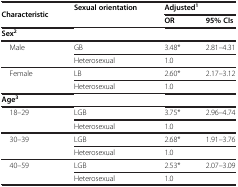
<table><thead><tr><td rowspan="2"><b>Characteristic</b></td><td rowspan="2"><b>Sexual orientation</b></td><td colspan="2"><b>Adjusted<sup>1</sup></b></td></tr><tr><td><b>OR</b></td><td><b>95% CIs</b></td></tr></thead><tbody><tr><td><b>Sex</b><sup><b>2</b></sup></td><td> </td><td> </td><td> </td></tr><tr><td rowspan="2"> Male</td><td>GB</td><td>3.48*</td><td>2.81–4.31</td></tr><tr><td>Heterosexual</td><td>1.0</td><td> </td></tr><tr><td rowspan="2"> Female</td><td>LB</td><td>2.60*</td><td>2.17–3.12</td></tr><tr><td>Heterosexual</td><td>1.0</td><td> </td></tr><tr><td><b>Age</b><sup><b>3</b></sup></td><td> </td><td> </td><td> </td></tr><tr><td rowspan="2"> 18–29</td><td>LGB</td><td>3.75*</td><td>2.96–4.74</td></tr><tr><td>Heterosexual</td><td>1.0</td><td> </td></tr><tr><td rowspan="2"> 30–39</td><td>LGB</td><td>2.68*</td><td>1.91–3.76</td></tr><tr><td>Heterosexual</td><td>1.0</td><td> </td></tr><tr><td rowspan="2"> 40–59</td><td>LGB</td><td>2.53*</td><td>2.07–3.09</td></tr><tr><td>Heterosexual</td><td>1.0</td><td> </td></tr></tbody></table>